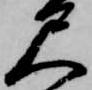
尺